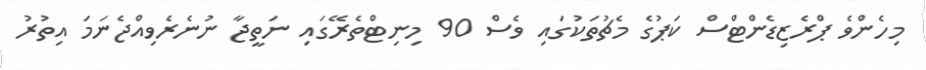
މިހެންވެ ޕްރެޒިޑެންޓްސް ކަޕުގެ މެޗުތަކުގައި ވެސް 90 މިނިޓްތެރޭގައި ނަތީޖާ ނުނެރެވިއްޖެނަމަ އިތުރު